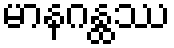
မာနဂန္ထဿ